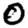
Digit: 0